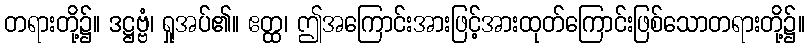
တရားတို့၌။ ဒဋ္ဌဗ္ဗံ၊ ရှုအပ်၏။ ဧတ္ထ၊ ဤအကြောင်းအားဖြင့်အားထုတ်ကြောင်းဖြစ်သောတရားတို့၌။